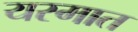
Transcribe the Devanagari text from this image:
यस्मात